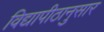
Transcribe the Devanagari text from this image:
विद्यापीठानुसार